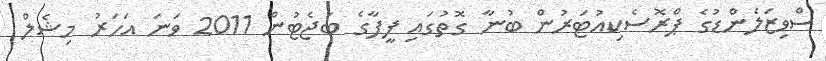
ސްވިޒަލެންޑުގެ ޕްރޮސެކިއުޓަރުން ބުނާ ގޮތުގައި ފީފާގެ ބަޖެޓުން 2011 ވަނަ އަހަރު މިޝެލް